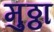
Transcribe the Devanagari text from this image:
मुठ्ठा